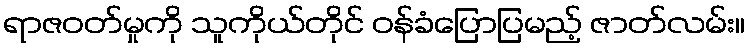
ရာဇဝတ်မှုကို သူကိုယ်တိုင် ဝန်ခံပြောပြမည့် ဇာတ်လမ်း။